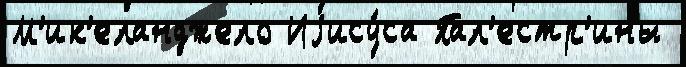
М'ик'еланджело Иjису́са Пал'естр'ины